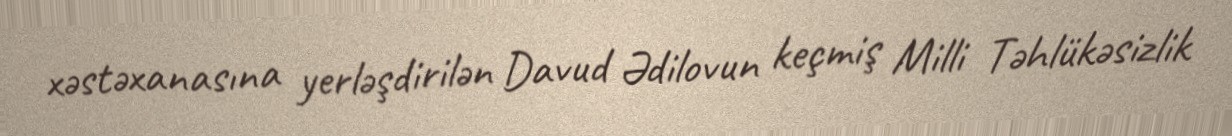
xəstəxanasına yerləşdirilən Davud Ədilovun keçmiş Milli Təhlükəsizlik